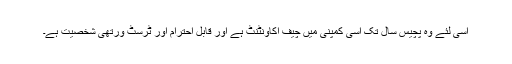
اسی لئے وہ پچیس سال تک اسی کمپنی میں چیف اکاونٹنٹ ہے اور قابل احترام اور ٹرسٹ ورتھی شخصیت ہے۔